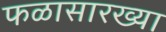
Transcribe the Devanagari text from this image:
फळासारख्या